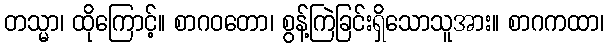
တသ္မာ၊ ထိုကြောင့်။ စာဂဝတော၊ စွန့်ကြဲခြင်းရှိသောသူအား။ စာဂကထာ၊